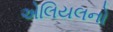
એલિયલનો